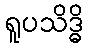
ရူပသိဒ္ဓိ